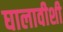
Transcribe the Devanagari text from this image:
घालावीशी